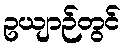
ဥယျာဉ်တွင်